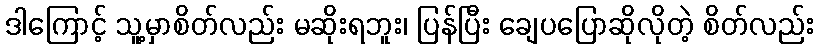
ဒါကြောင့် သူ့မှာစိတ်လည်း မဆိုးရဘူး၊ ပြန်ပြီး ချေပပြောဆိုလိုတဲ့ စိတ်လည်း